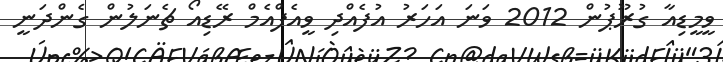
ވީމީޑިއާ ގުރޫޕުން 2012 ވަނަ އަހަރު އުފެއްދި ވީއެފްއެމް ރޭޑިއޯ ޗެނަލުން ގެންދަނީ